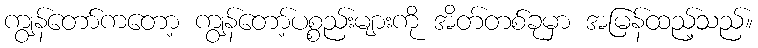
ကျွန်တော်ကတော့ ကျွန်တော့်ပစ္စည်းများကို အိတ်တစ်ခုမှာ အမြန်ထည့်သည်။